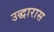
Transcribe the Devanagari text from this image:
उद्धारास